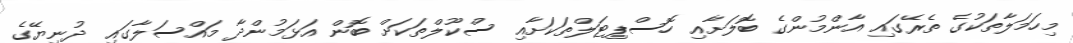
މިހަމަލާތަކުގެ ތެރޭގައި އާންމުންގެ ބޮލަށާއި ހޮސްޕިޓަލްތަކަށާއި ސްކޫލްތަކަށް ބޮން އަޅަމުންދާ މައްސަލާގައި ދުނިޔޭގެ